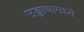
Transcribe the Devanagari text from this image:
उड्डाणामध्ये